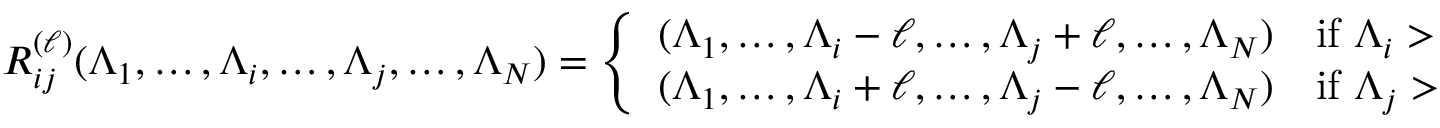
R _ { i j } ^ { ( \ell ) } ( \Lambda _ { 1 } , \dots , \Lambda _ { i } , \dots , \Lambda _ { j } , \dots , \Lambda _ { N } ) = \left\{ \begin{array} { l l } { { ( \Lambda _ { 1 } , \dots , \Lambda _ { i } - \ell , \dots , \Lambda _ { j } + \ell , \dots , \Lambda _ { N } ) } } & { { \mathrm { { i f } } \, \, \Lambda _ { i } > \Lambda _ { j } \, , } } \\ { { ( \Lambda _ { 1 } , \dots , \Lambda _ { i } + \ell , \dots , \Lambda _ { j } - \ell , \dots , \Lambda _ { N } ) } } & { { { \mathrm { i f } } \, \, \Lambda _ { j } > \Lambda _ { i } \, . } } \end{array} \right.